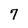
Character: 7